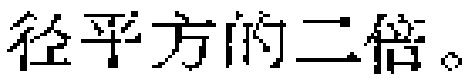
径平方的二倍。